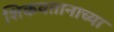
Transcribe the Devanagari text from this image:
शिकवतानाच्या